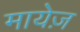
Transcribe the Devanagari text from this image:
मायेज़